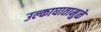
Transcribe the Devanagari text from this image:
उल्काघातामुळे